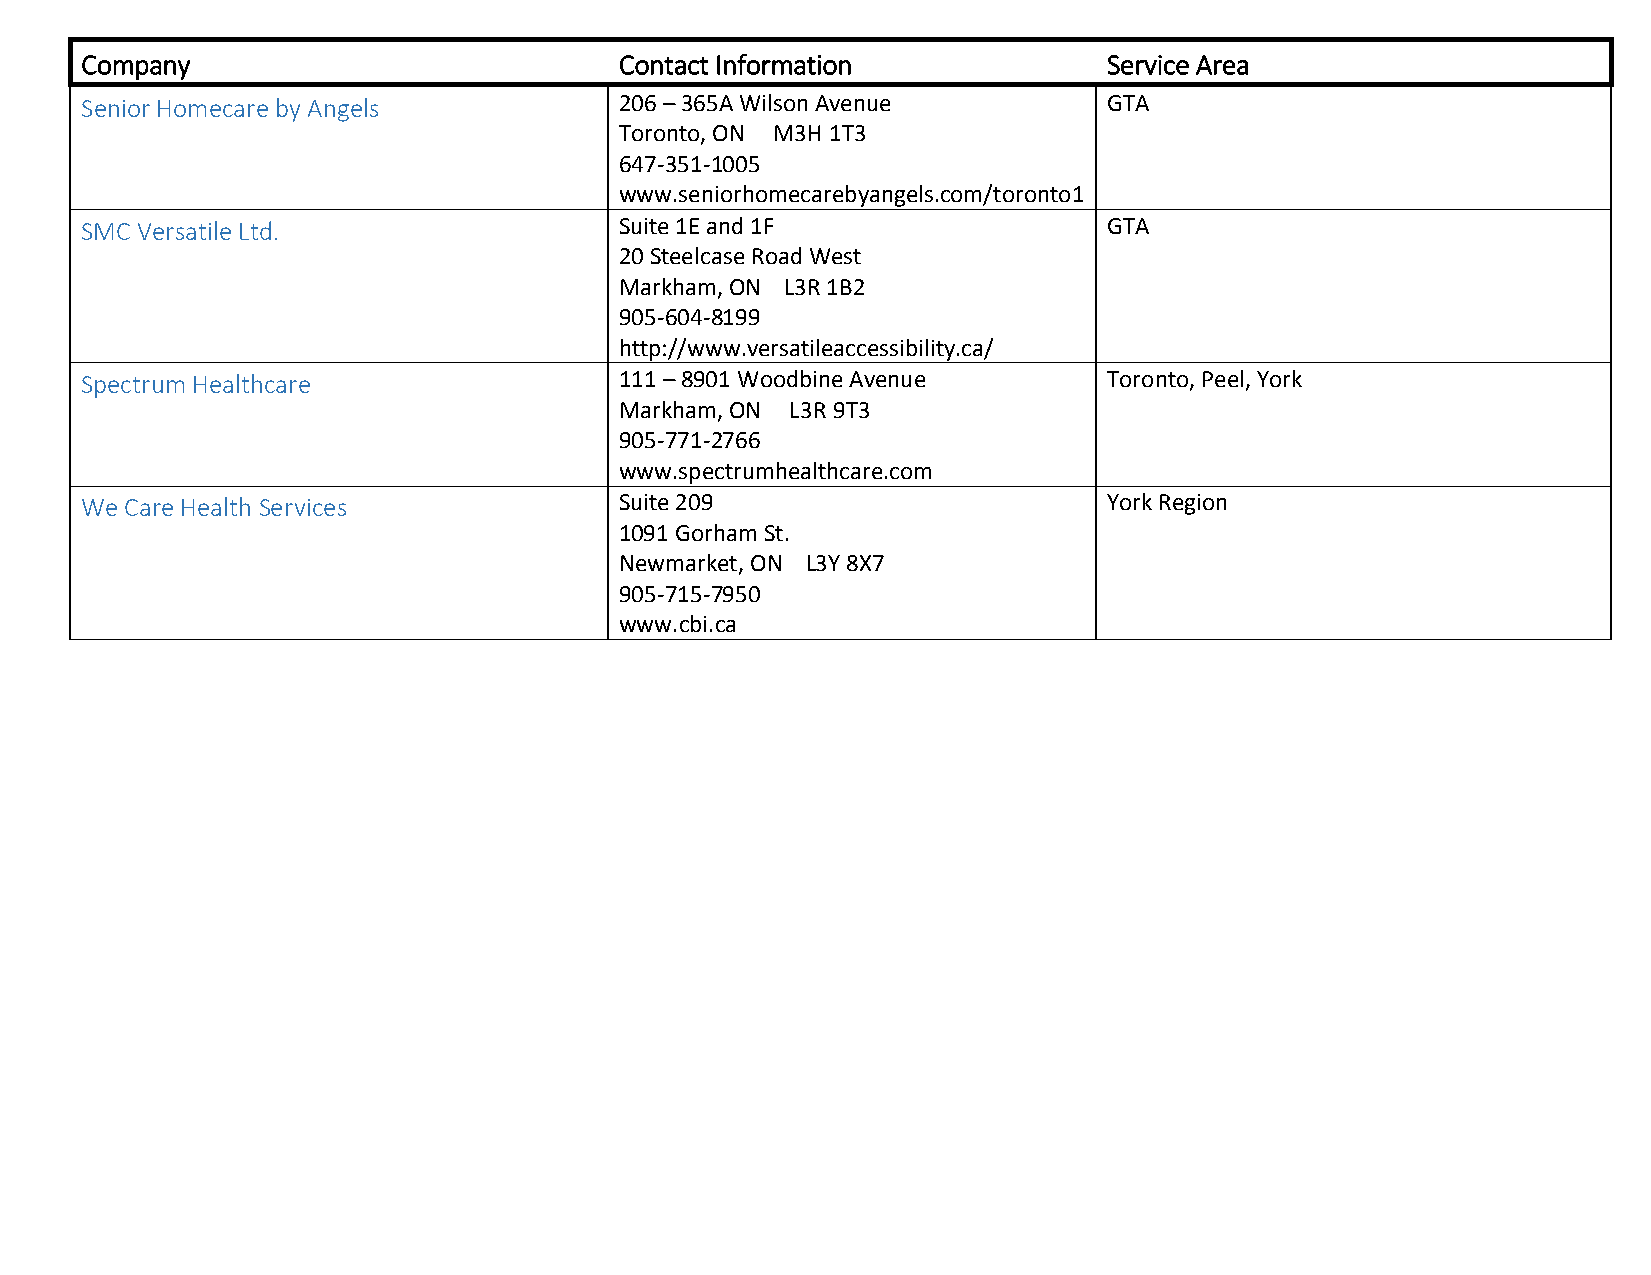
Company                             Contact Information             Service Area
 Senior Homecare by Angels           206 – 365A Wilson Avenue        GTA
 Toronto, ON M3H 1T3
 647-351-1005
 www.seniorhomecarebyangels.com/toronto1
 SMC Versatile Ltd.                  Suite 1E and 1F                 GTA
 20 Steelcase Road West
 Markham, ON L3R 1B2
 905-604-8199
 http://www.versatileaccessibility.ca/
 Spectrum Healthcare                 111 – 8901 Woodbine Avenue      Toronto, Peel, York
 Markham, ON L3R 9T3
 905-771-2766
 www.spectrumhealthcare.com
 We Care Health Services             Suite 209                       York Region
 1091 Gorham St.
 Newmarket, ON L3Y 8X7
 905-715-7950
 www.cbi.ca